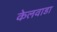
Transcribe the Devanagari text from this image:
केलवाडा